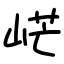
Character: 㟐